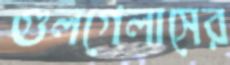
গুলগেলাসের